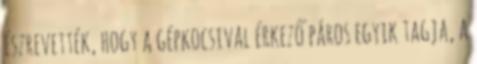
észrevették, hogy a gépkocsival érkező páros egyik tagja, a